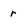
Character: r